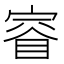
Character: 𫳤